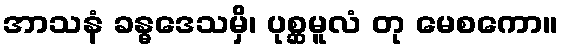
အာသနံ ခန္ဓဒေသမှိ၊ ပုစ္ဆမူလံ တု မေစကော။